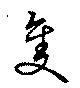
隻